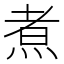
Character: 煮